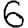
Digit: 6